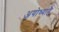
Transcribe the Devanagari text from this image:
अयोध्याहै